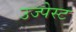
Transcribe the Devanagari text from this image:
उज्पेस्ट